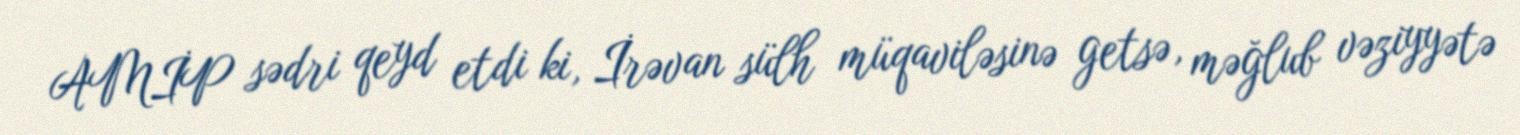
AMİP sədri qeyd etdi ki, İrəvan sülh müqaviləsinə getsə, məğlub vəziyyətə